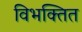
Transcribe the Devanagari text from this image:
विभक्तित